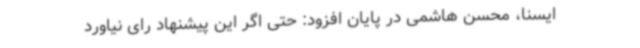
ایسنا، محسن هاشمی در پایان افزود: حتی اگر این پیشنهاد رای نیاورد